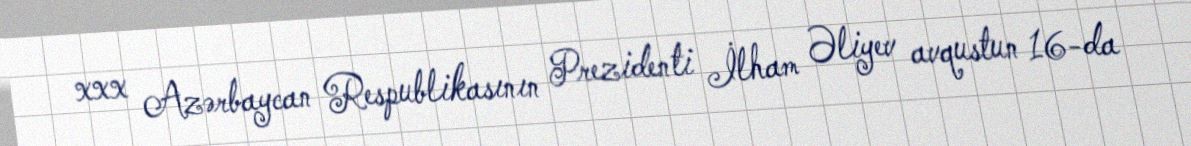
xxx Azərbaycan Respublikasının Prezidenti İlham Əliyev avqustun 16-da